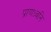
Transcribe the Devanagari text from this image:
प्राणध्वनि